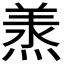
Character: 𭵠